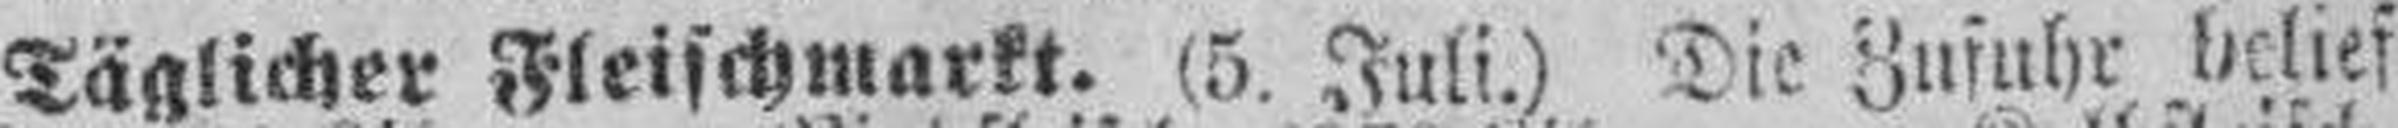
Täglicher Fleischmarkt. (5. Juli.) Die Zufuhr belief